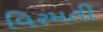
વિરમતી